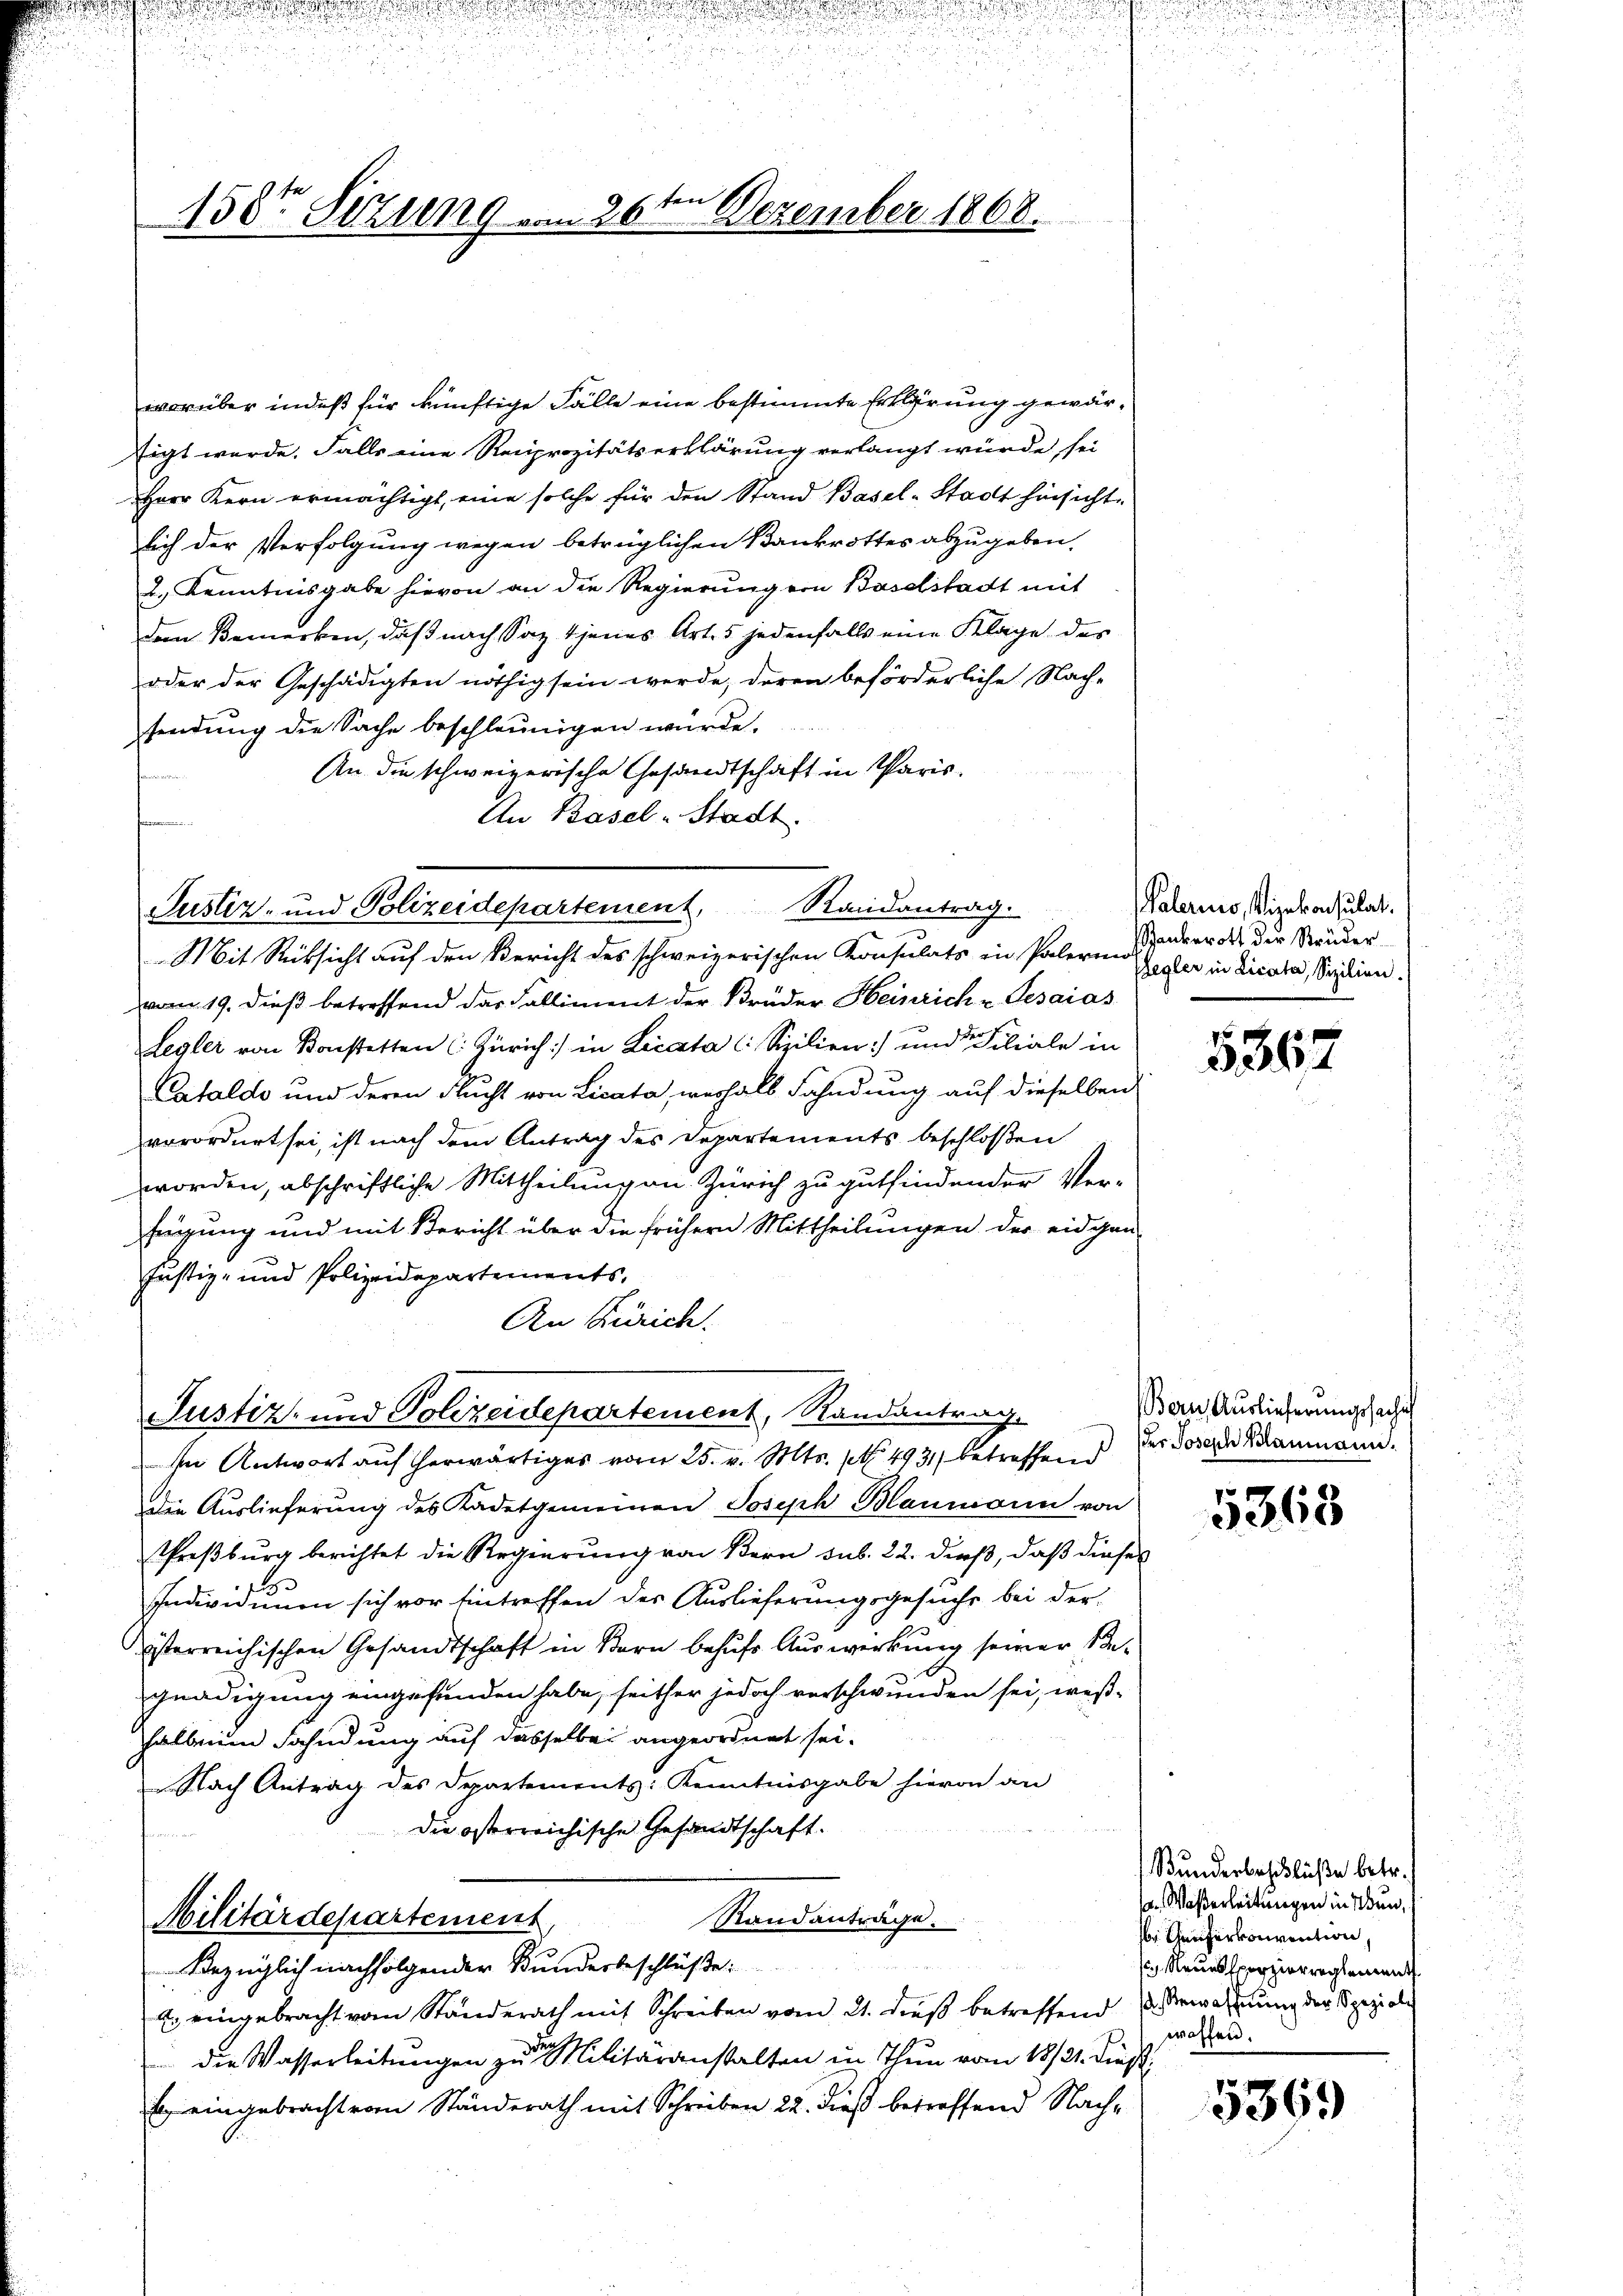
15ten Sitzung

worüber indeß für künftige Fälle eine bestimmte Erklärung gewärtigt werde. Falls eine Reciprozitätserklärung verlangt würde sei
Herr Kern ermächtigt, eine solche für den Stand Basel-Stadt hinsicht
sich der Verfolgung wegen betrüglichen Bankrottes abzugeben.
2.) Kenntnisgabe hievon an die Regierung von Baselstadt mit
dem Bemerken, daß nach Saz 4 jenes Art. 5 jedenfalls eine Klage des
oder der Geschädigten nöthig sein werde, deren beförderliche Nach-
sendung die Sache beschleunigen würde.
An die schweizerische Gesandtschaft in Paris
An Basel-Stadt.
vom 19. dieß betreffend das Falliment der Brüder Heinrich - Gesaias
Legler von Konstetten (: Zürich) in Licata ( Sizilien) und der Filiale in
Catalde und deren Flucht von Licata, verhalb Fahndung auf dieselben
verordnet sei, ist nach dem Antrag des Departements beschloßen
worden, abschriftliche Mittheilung an Zürich zu gutfindender Ver-
fügung und mit Bericht über die frühern Mittheilungen der eidgen
Justiz- und Polizeidepartements,
An Zürich.
Justiz- und Polizeidepartement, Randantrag
In Antwort auf herwärtiges vom 25. v. Mts. (N. 4931) betreffend
die Auslieferung des Kadetgemeinen Joseph Blanmann von
Preßburg berichtet die Regierung von Bern sub. 22. dieß, daß dieses
Individuum sich vor Eintreffen des Auslieferungsgesuche bei der
isterreichischen Gesandtschaft in Bern behufs Auswirkung seiner Begnadigung eingefunden habe, seither jedoch verschwunden sei, weß-
halbenen Fahndung auf dasselben angeordnet sei.
 Nach Antrag des Departements: Kenntnisgabe hievon an
Die österreichische Gesandtschaft.
Militärdepartement
Randanträge.
Bezüglich nachfolgender Bunderbeschlüße:
2. eingebracht vom Standerath mit Schreiben vom 21. dieß betreffend Bewohnung der Speziale
 die Wasserleitungen zur Militäranstalten in Thun vom 18/21. dieß.
s eingebracht vom Ständerath mit Schreiben 22. dieß betreffend Nach¬

Justiz- und Polizeidepartement, Randantrag.
Mit Rücksicht auf den Bericht des schweizerischen Konsulats in Palerin der des der Ständer

ten
26. Dezember 1868.

Palerino, Vizekonsulat.
Elegler in Licata, Sizilien.

5862

Bern, Auslieferungssache
der Joseph Baumann.

5363

Bunderbeschlüße betr.
s. Waßerleitungen in Wunbr. Kaiserkonvention,
 Neues perzierreglement
waffen.

5369